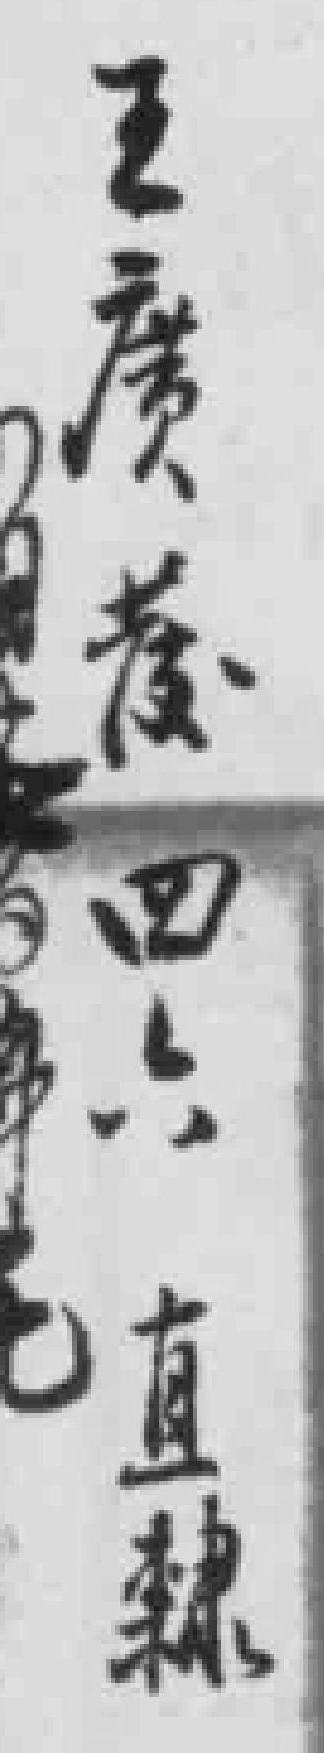
王廣*四六直隸